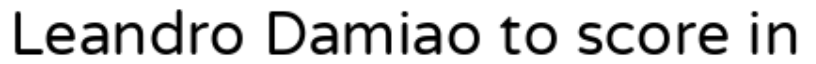
Leandro Damiao to score in